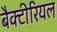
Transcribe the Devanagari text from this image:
बैक्‍टीरियल